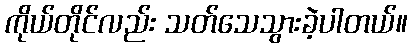
ကိုယ်တိုင်လည်း သတ်သေသွားခဲ့ပါတယ်။